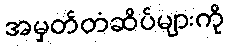
အမှတ်တံဆိပ်များကို